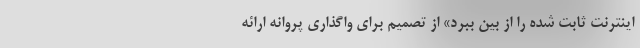
اینترنت ثابت شده را از بین ببرد» از تصمیم برای واگذاری پروانه ارائه